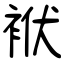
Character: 袱